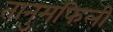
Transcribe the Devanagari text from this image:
तानुमफिली